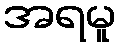
အရမူ